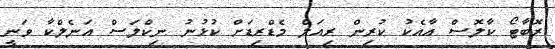
ރޮބާޓޯ ކާލޮސް އާއެކު ކުރިން ރިއަލް މެޑްރިޑަށް ކުޅުނު ނިކްލަސް އަނެލްކާ ވަނީ